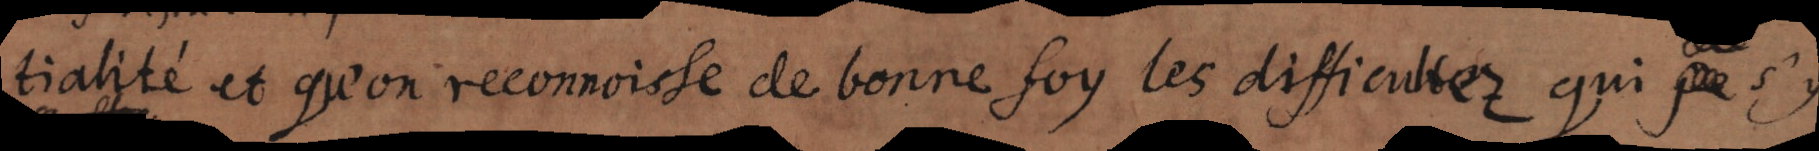
tialité et qu’on reconnoisse de bonne foy les difficultez qui s’y